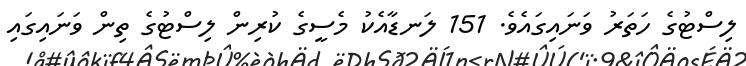
ލިސްޓުގެ ހަތަރު ވަނައިގައެވެ. 151 ލަނޑާއެކު މެސީގެ ކުރިން ލިސްޓުގެ ތިން ވަނައިގައި